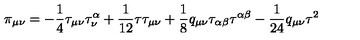
\pi _ { \mu \nu } = - \frac { 1 } { 4 } \tau _ { \mu \nu } \tau _ { \nu } ^ { \alpha } + \frac { 1 } { 1 2 } \tau \tau _ { \mu \nu } + \frac { 1 } { 8 } q _ { \mu \nu } \tau _ { \alpha \beta } \tau ^ { \alpha \beta } - \frac { 1 } { 2 4 } q _ { \mu \nu } \tau ^ { 2 }